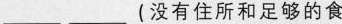
___ ___没有住所和足够的食